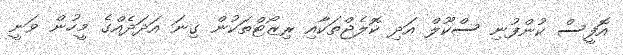
އޮފީސް ކުންފުނި ސްކޫލް އަދި ކޮލެޖްތަކާއި ރިޒޯޓްތަކުން ގިނަ އަދަދެއްގެ މީހުން ވަނީ